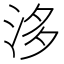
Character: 𣴙